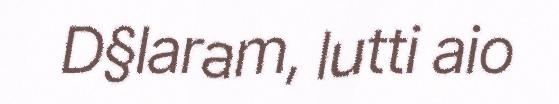
D§laram, lutti aio